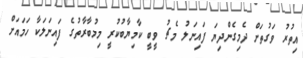
އިތުރު ވަގުތަށް ދެމިގެންދިޔަ ފައިނަލު މެޗު ވީބީ ކާމިޔާބުކުރީ މިމުބާރާތުގެ ފައިނަލަކާ ހަމައަށް